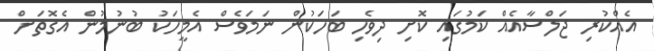
އެއްކުރި ޖަލްސާއެއް ކަމުގައި ކޮށި ދިވެހި ބަހަކުން ނަމަވެސް އެމީހަކު ބުނުމުން އެގޮތަށް